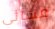
عشائي